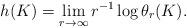
LaTeX: \begin{align*} h(K)=\lim_{r\to\infty}r^{-1}\log\theta_r(K).\end{align*}